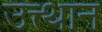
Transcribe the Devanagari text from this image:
उत्त्थान